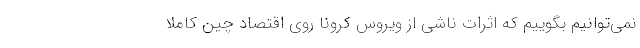
نمی‌توانیم بگوییم که اثرات ناشی از ویروس کرونا روی اقتصاد چین کاملا